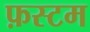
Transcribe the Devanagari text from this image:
फ़स्टम